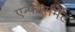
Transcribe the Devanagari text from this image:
एन्फ़ोर्समेंट